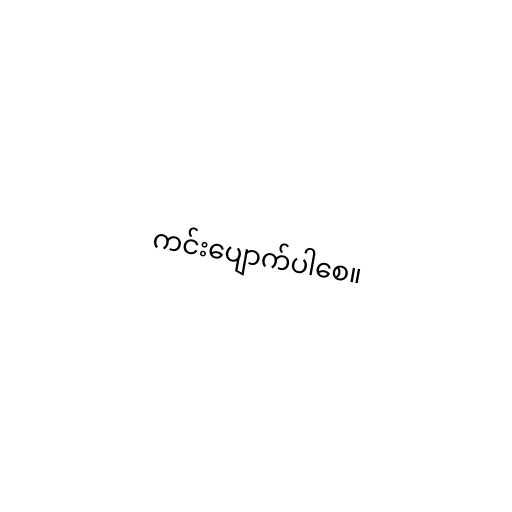
ကင်းပျောက်ပါစေ။